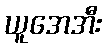
ယူအေအီး